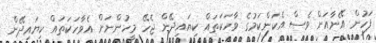
ފަހުން އޭނާއަށް ވެސް އެކަންކަމުގެ ވާހަކަތައް ކިޔައިދޭން ޖެހޭ މީހުންނަށް އެވާހަކަތައް ކިޔައިދޭން